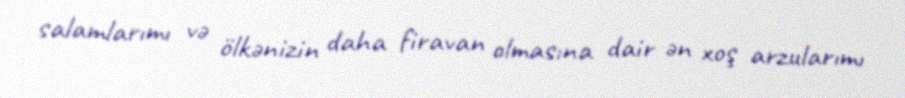
salamlarımı və ölkənizin daha firavan olmasına dair ən xoş arzularımı